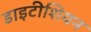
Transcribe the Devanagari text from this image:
डाइटीशियन